Report on sanitation, dispensaries, and jails in Rajputana for 1921, and on vaccination for the year 1921-1922 - 1921-1922
Year: 1921
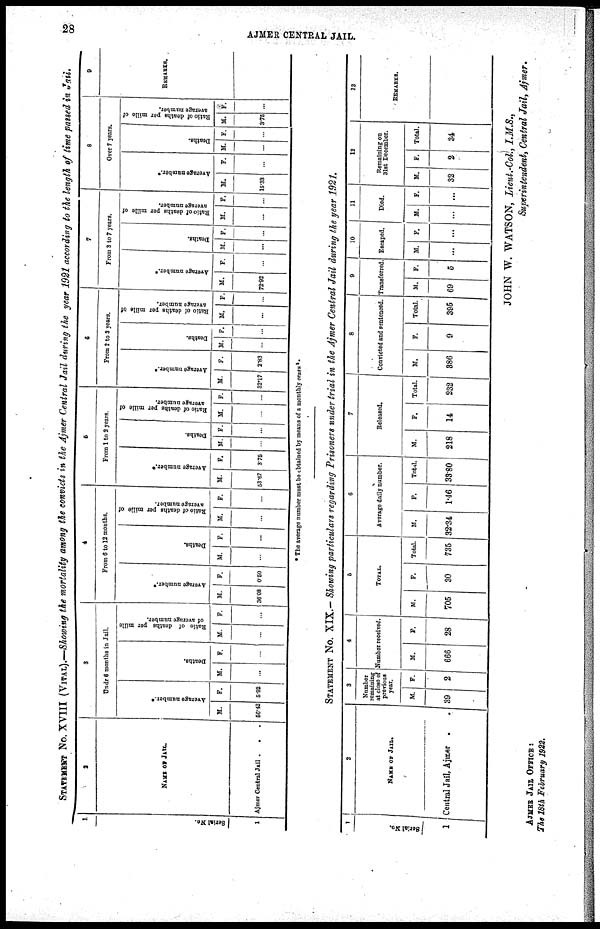
28
AJMER CENTRAL JAIL.
STATEMENT No. XVIII (VITAL).—Showing the mortality among the convicts in the Ajmer Central Jail during the year 1921 according to the length of time passed in Jail.
1.
Serial No.
1
2
NAME OF JAIL.
Ajmer Central Jail...
3
Undr 6 months in Jail.
Average number.*
M.
56.42
F.
5.02
Deaths.
M.
...
F.
...
Ratio of deaths per mille
of average number.
M.
...
F.
...
4
From 6 to 12 months.
Average number.*
M.
36.08
F.
0.50
Deaths.
M.
...
F.
...
Ratio of deaths per mille of
average number.
M.
...
F.
...
5
From 1 to 2 years.
Average number.*
M.
53.67
F.
3.75
Deaths.
M.
...
F.
...
Ratio of deaths per mille of
average number.
M.
...
F.
...
6
From 2 to 3 years.
Average number.*
M.
32.17
F.
2.83
Deaths.
M.
...
F.
...
Ratio of deaths per mille of
average number.
M.
...
F.
...
7
From 3 to 7 years.
Average number.*
M.
72.92
F.
...
Deaths.
M.
...
F.
...
Ratio of deaths per mille of
average number.
M.
...
F.
...
8
Over 7 years.
Average number.*
M.
15.33
F.
...
Deaths.
M.
...
F.
...
Ratio of deaths per mille of
average number.
M.
3.75
F.
...
9
REMARKS.
* The average number must be obtained by means of a monthly census.
STATEMENT No. XIX.— Showing particulars regarding Prisoners under trial in the Ajmer Central Jail during the year 1921.
1
Serial No.
1
2
NAME OF JAIL.
Central Jail, Ajmer..
3
Number
remaining
at close of
previous
year.
M.
39
F.
2
4
Number received.
M.
666
F.
28
5
TOTAL.
M.
705
F.
30
Total.
735
6
Average daily number.
M.
32.34
F.
1.46
Total.
33.80
7
Released.
M.
218
F.
14
Total.
232
8
Convicted and sentenced.
M.
386
F.
9
Total.
395
9
Transferred.
M.
69
F.
5
10
Escaped.
M.
...
F.
...
11
Died.
M.
...
F.
...
12
Remaining on
31st December.
M.
32
F.
2
Total.
34
13
REMARKS.
JOHN W. WATSON, Lieut.-Col., I.M.S.,
Superintendent, Central Jail, Ajmer.
AJMER JAIL OFFICE :
The 18th February 1922.